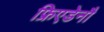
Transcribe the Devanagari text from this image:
फ्रिएडेनौ